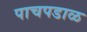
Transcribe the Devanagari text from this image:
पाचपडाळ